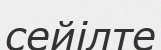
сейілте